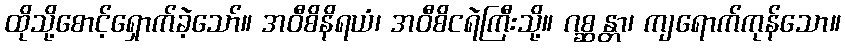
ထိုသို့စောင့်ရှောက်ခဲ့သော်။ အဝီစိနိရယံ၊ အဝီစိငရဲကြီးသို့။ ဂစ္ဆန္တာ၊ ကျရောက်ကုန်သော။